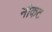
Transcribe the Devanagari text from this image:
नोकट